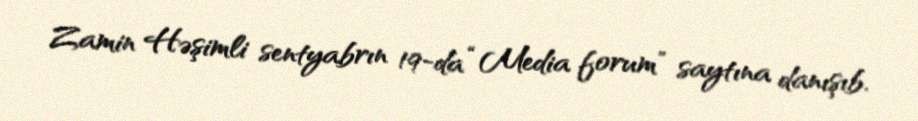
Zamin Həşimli sentyabrın 19-da “Media forum” saytına danışıb.